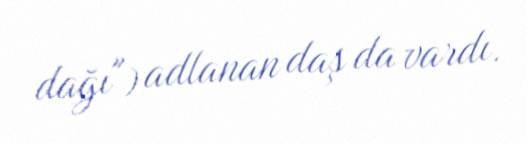
dağı") adlanan daş da vardı.